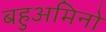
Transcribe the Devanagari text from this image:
बहुअमिनो